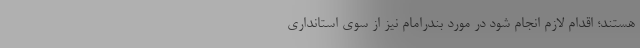
هستند؛ اقدام لازم انجام شود در مورد بندرامام نیز از سوی استانداری